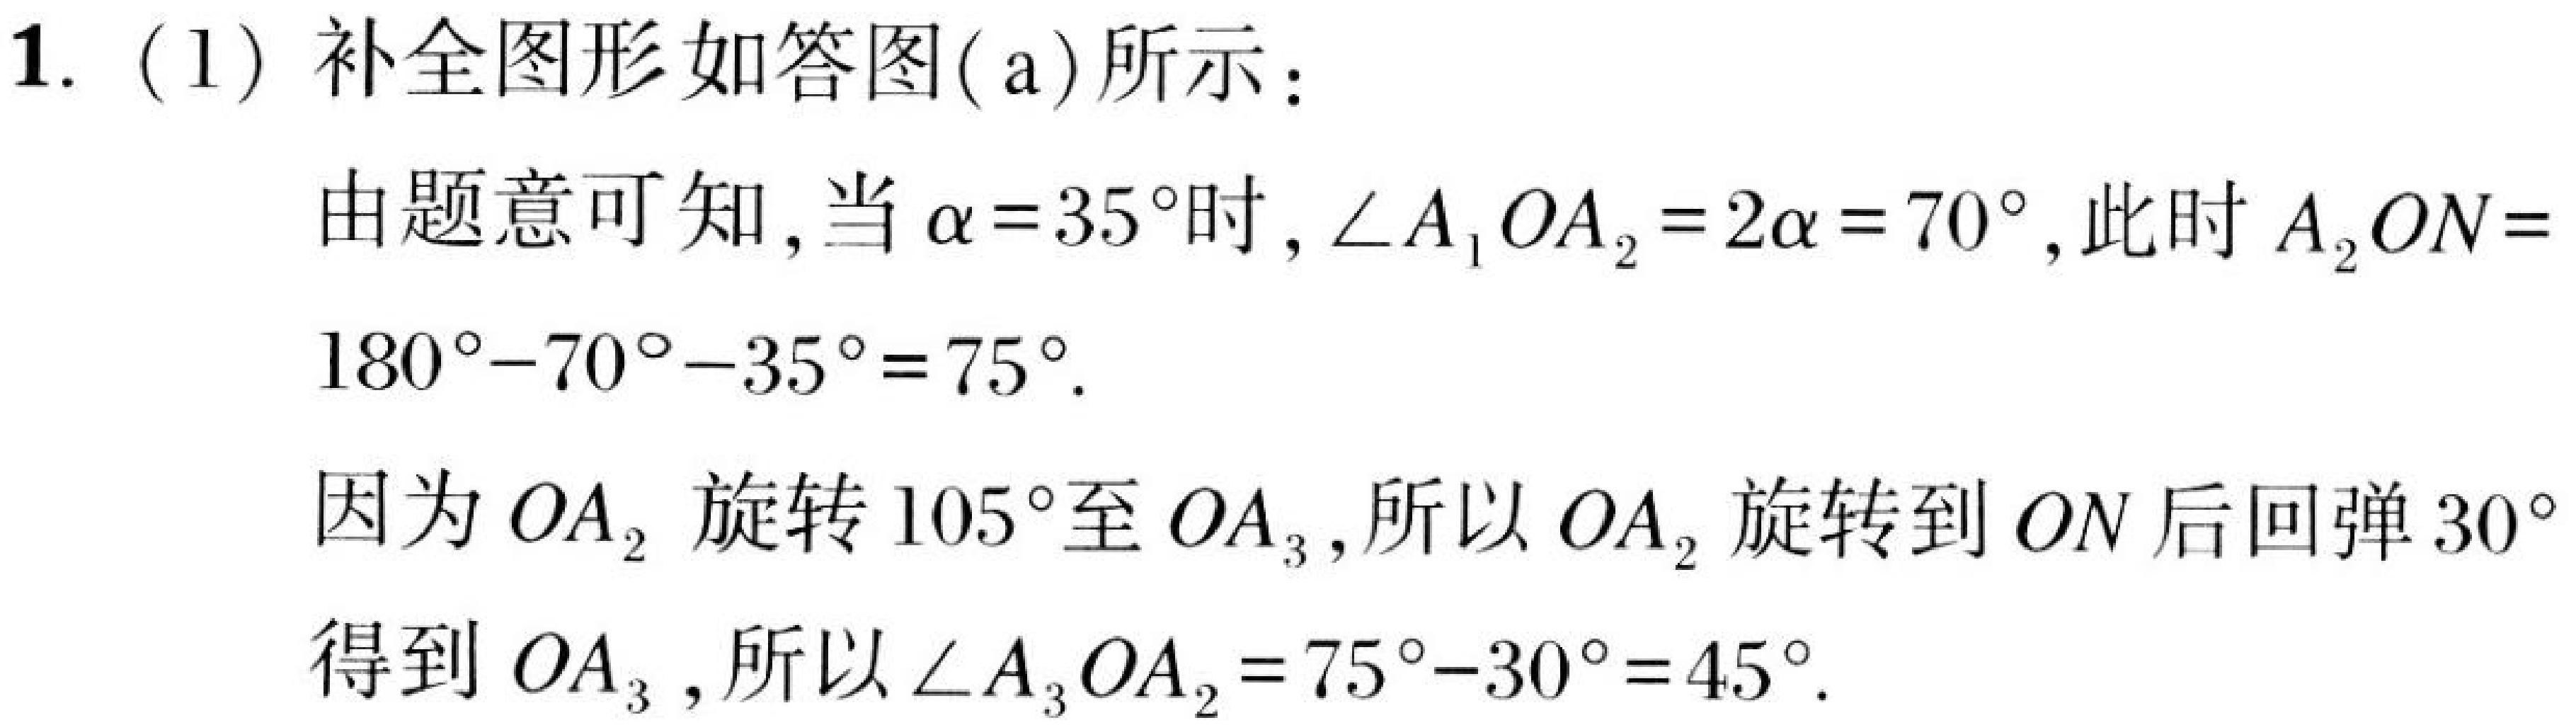
1. (1) 补全图形如答图( a)所示：
由题意可知，当 \(\alpha = 35^{\circ}\) 时，\(\angle A_{1}OA_{2}=2\alpha = 70^{\circ}\)，此时 \(A_{2}ON=\)
\(180^{\circ}-70^{\circ}-35^{\circ}=75^{\circ}\).
因为 \(OA_{2}\) 旋转 \(105^{\circ}\)至 \(OA_{3}\)，所以 \(OA_{2}\) 旋转到 \(ON\) 后回弹 \(30^{\circ}\)
得到 \(OA_{3}\)，所以 \(\angle A_{3}OA_{2}=75^{\circ}-30^{\circ}=45^{\circ}\).